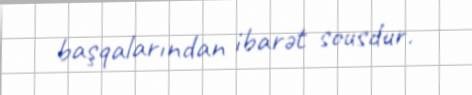
başqalarından ibarət sousdur.